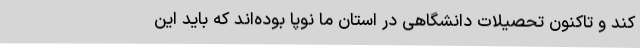
کند و تاکنون تحصیلات دانشگاهی در استان ما نوپا بوده‌اند که باید این